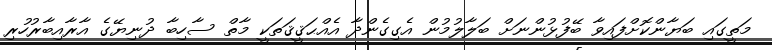
މަތީގައި ބަޔާންކޮށްފައިވާ ބޭފުޅުންނަށް ބަލާލުމުން އެގިގެންދާ އެއްޙަޤީޤަތަކީ މާތް ސާހިބާ ދުނިޔޭގެ އާރާއިބާރުހުރި